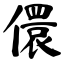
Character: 儇